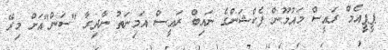
ޕީޕީއެމް ރައީސް މައުމޫން ފެކްޝަންގެ ނައިބް ރައީސް އަމިނަތު ނާދިރާ "ސަން"އަށް މިރޭ